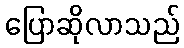
ပြောဆိုလာသည်